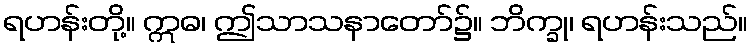
ရဟန်းတို့။ ဣဓ၊ ဤသာသနာတော်၌။ ဘိက္ခု၊ ရဟန်းသည်။